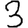
Digit: 3